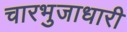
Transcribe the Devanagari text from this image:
चारभुजाधारी